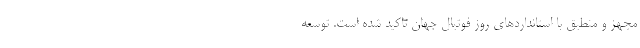
مجهز و منطبق با استانداردهاى روز فوتبال جهان تاکید شده است. توسعه